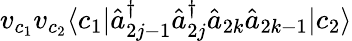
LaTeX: v_{c_{1}}v_{c_{2}}\langle c_{1}|\hat{a}_{2j-1}^{\dagger}\hat{a}_{2j}^{\dagger}\hat{a}_{2k}\hat{a}_{2k-1}|c_{2}\rangle